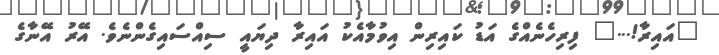
"އައިރާ!..." ފިރިހެނެއްގެ އަޑު ކައިރިން އިވުމާއެކު އައިރާ ދިޔައީ ސިއްސައިގެންނެވެ. އޭރު އޭނާގެ